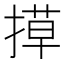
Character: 𭡶